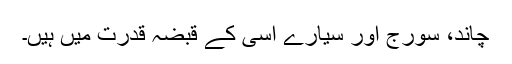
چاند، سورج اور سیارے اسی کے قبضہ قدرت میں ہیں۔